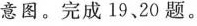
意图。完成19、20题。